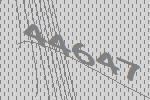
44647